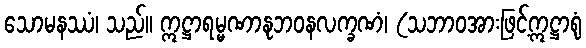
သောမနဿံ၊ သည်။ ဣဋ္ဌာရမ္မဏာနုဘဝနလက္ခဏံ၊ (သဘာဝအားဖြင့်ဣဋ္ဌာရုံ